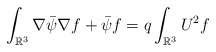
\begin{align*}\int_{\mathbb{R}^{3}}\nabla\bar{\psi}\nabla f+\bar{\psi}f=q\int_{\mathbb{R}^{3}}U^{2}f\end{align*}